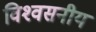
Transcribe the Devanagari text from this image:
विश्‍वसनीय